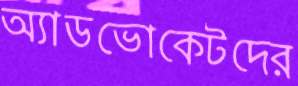
অ্যাডভোকেটদের